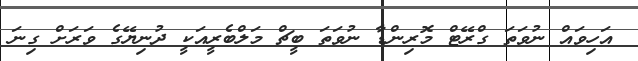
އަހިވައް ނުވަތަ ގްރޭޓް މޮރިންޑާ ނުވަތަ ބީޗް މަލްބެރީއަކީ ދުނިޔޭގެ ވަރަށް ގިނަ